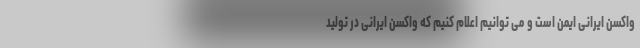
واکسن ایرانی ایمن است و می توانیم اعلام کنیم که واکسن ایرانی در تولید